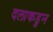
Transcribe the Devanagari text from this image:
दलाकडुन